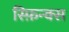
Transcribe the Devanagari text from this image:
स्फ़िन्क्स